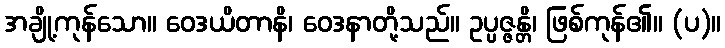
အချို့ကုန်သော။ ဝေဒယိတာနိ၊ ဝေဒနာတို့သည်။ ဥပ္ပဇ္ဇန္တိ၊ ဖြစ်ကုန်၏။ (ပ)။